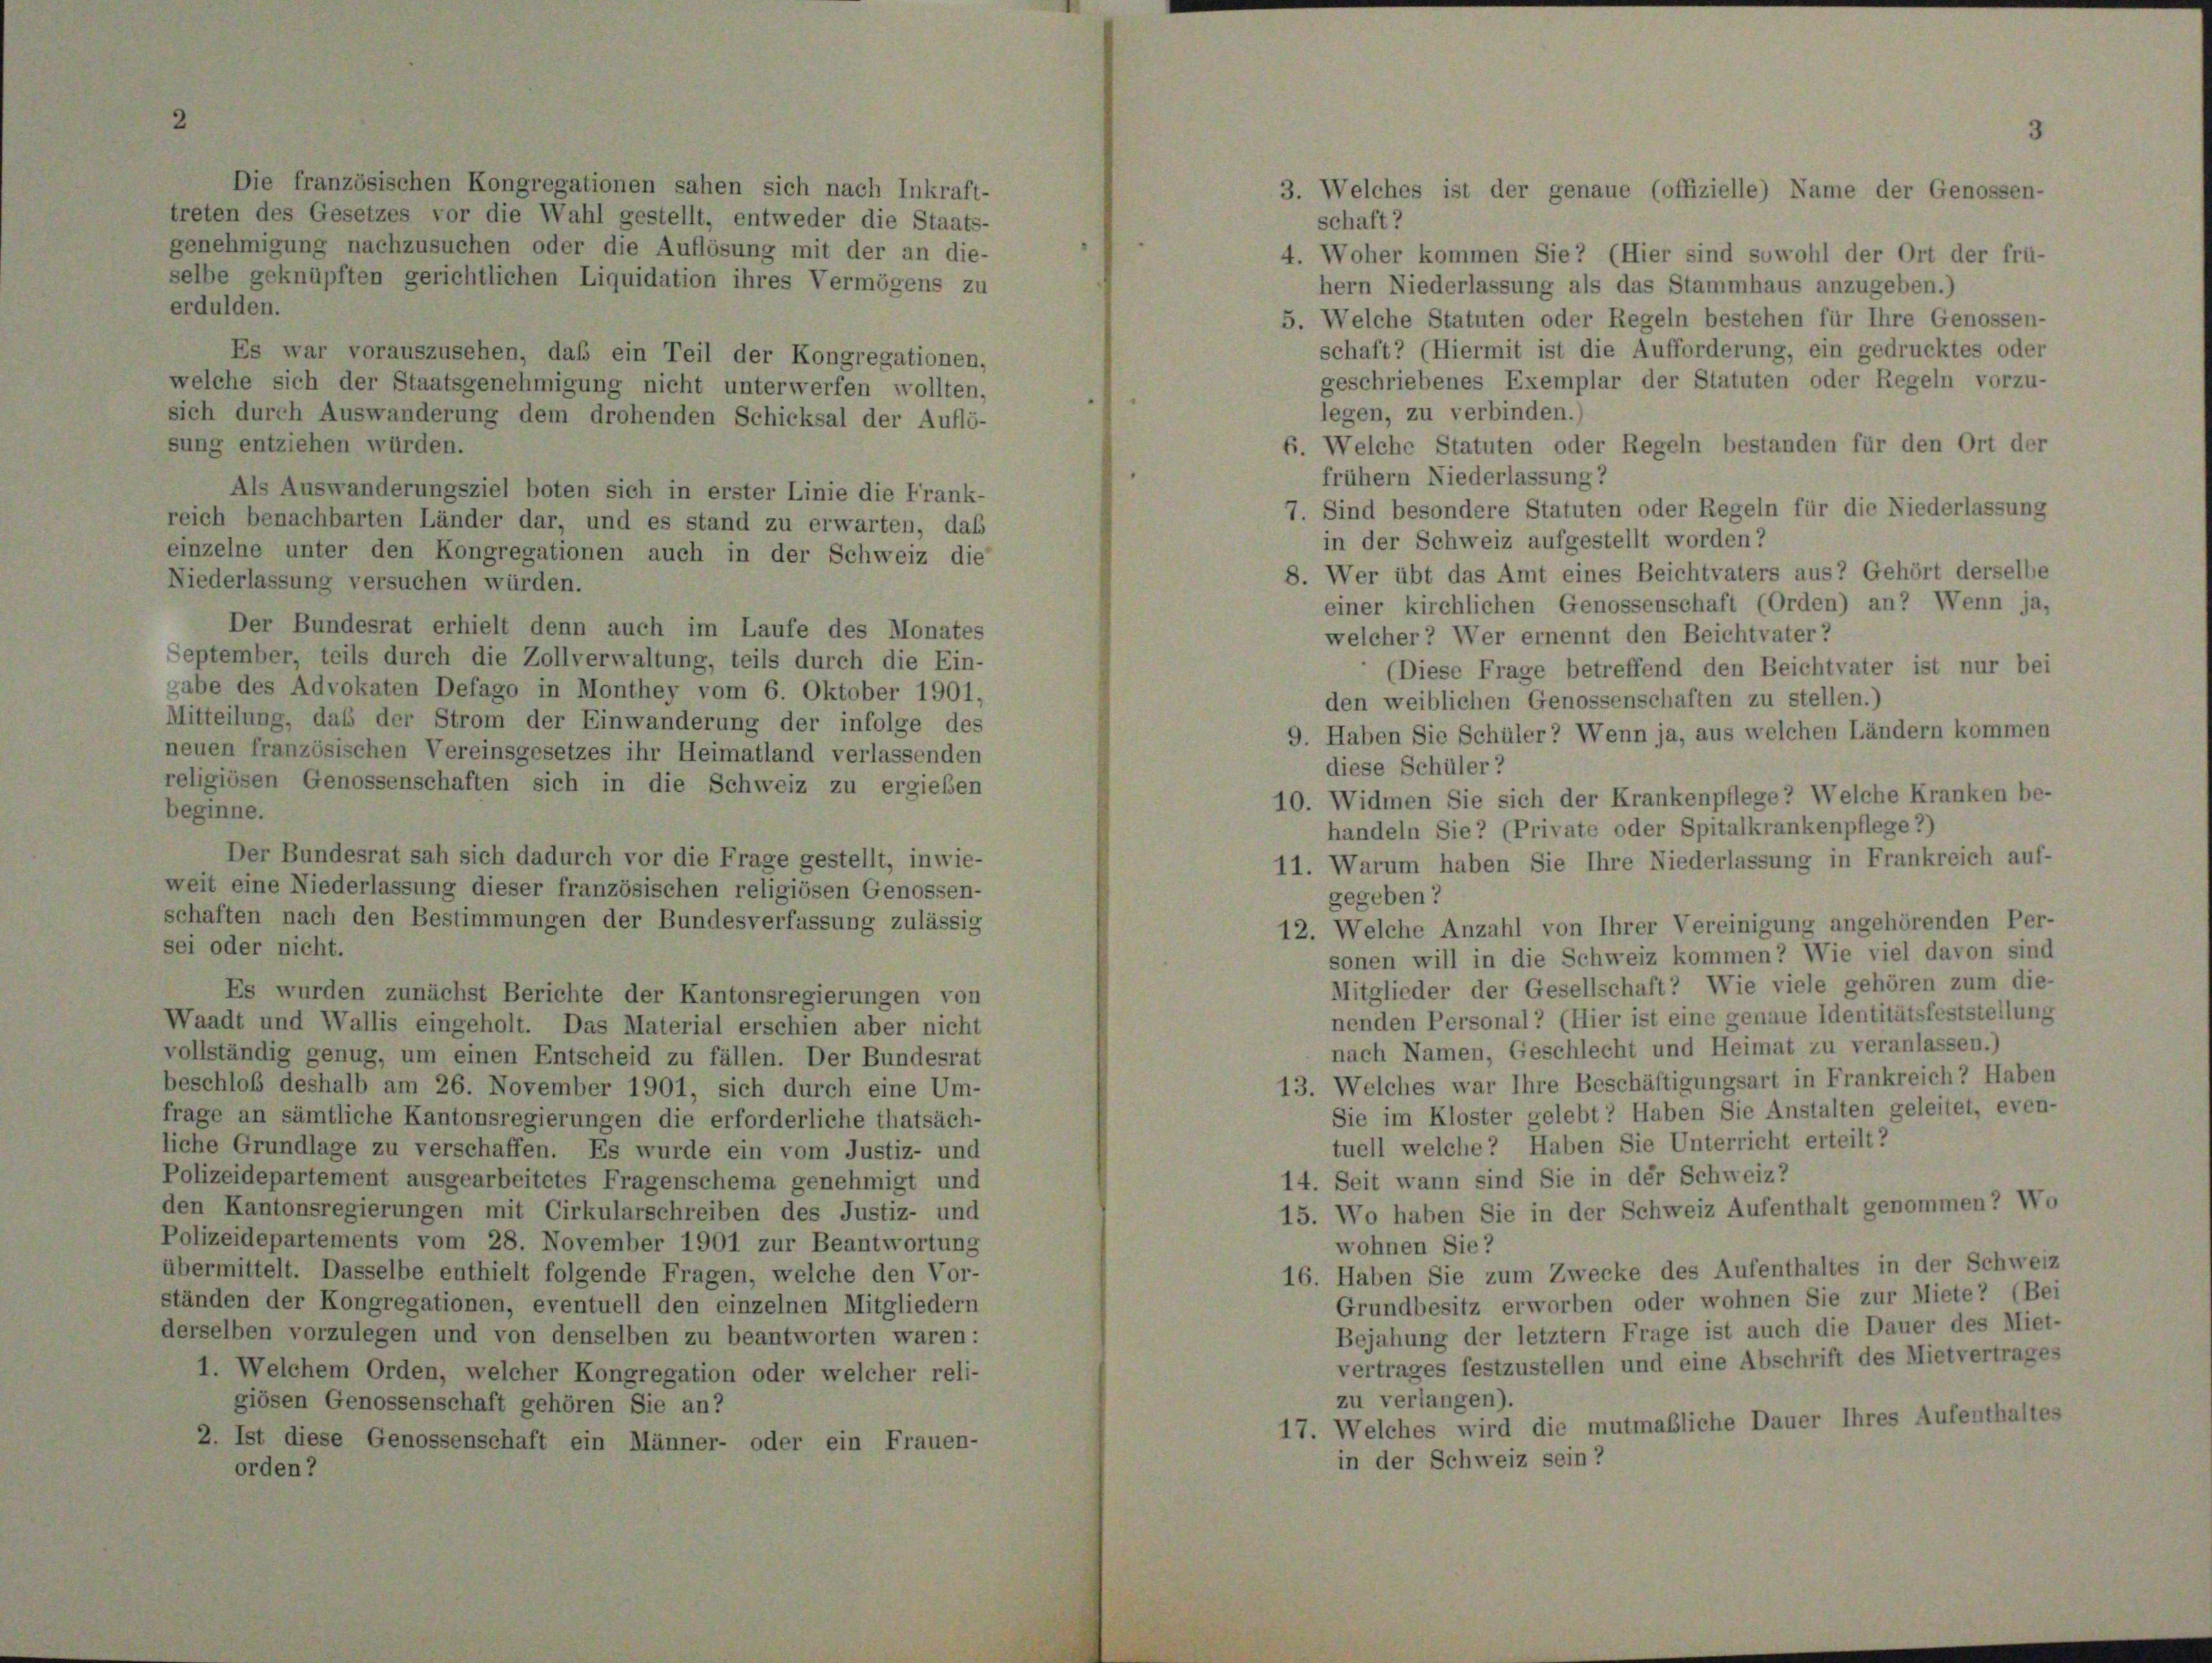
treten des Gesetzes vor die Wahl gestellt, entweder die Staats-
schaft?
genehmigung nachzusuchen oder die Auflösung mit der an die-
4. Woher kommen Sie? (Hier sind sowohl der Ort der frü-
selbe geknüpften gerichtlichen Liquidation ihres Vermögens zu
hern Niederlassung als das Stammhaus anzugeben.)
erdulden.
5. Welche Statuten oder Regeln bestehen für Ihre Genossen-
schaft? (Hiermit ist die Aufforderung, ein gedrucktes oder
Es war vorauszusehen, daß ein Teil der Kongregationen,
geschriebenes Exemplar der Statuten oder Regeln vorz
welche sich der Staatsgenehmigung nicht unterwerfen wollten,
legen, zu verbinden.)
sich durch Auswanderung dem drohenden Schicksal der Auflö-
sung entziehen würden.
6. Welche Statuten oder Regeln bestanden für den Ort de
frühem Niederlassung?
Als Auswanderungsziel boten sich in erster Linie die Frank-
7. Sind besondere Statuten oder Regeln für die Niederlassun
reich benachbarten Länder dar, und es stand zu erwarten, daß
einzelne unter den Kongregationen auch in der Schweiz die
8. Wer übt das Amt eines Beichtvaters aus? Gehört dersell
Niederlassung versuchen würden.
einer kirchlichen Genossenschaft (Orden) an? Wenn j
Der Bundesrat erhielt denn auch im Laufe des Monates
September, teils durch die Zollverwaltung, teils durch die Ein-
(Diese Frage betreffend den Beichtvater ist nur b
gabe des Advokaten Defago in Monthey vom 6. Oktober 1901,
den weiblichen Genossenschaften zu stellen.)
Mitteilung, daß der Strom der Einwanderung der infolge des
9. Haben Sie Schüler? Wenn ja, aus welchen Ländern komm
neuen französischen Vereinsgesetzes ihr Heimatland verlassenden
diese Schüler?
religiösen Genossenschaften sich in die Schweiz zu ergieben
10. Widmen Sie sich der Krankenpflege? Welche Kranken b
beginne.
handeln Sie ? (Private oder Spitalkrankenpflege 2)
Der Bundesrat sah sich dadurch vor die Frage gestellt, inwie-
11. Warum haben Sie Ihre Niederlassung in Frankreich au
weit eine Niederlassung dieser französischen religiösen Genossen-
gegeben?
schaften nach den Bestimmungen der Bundesverfassung zulässig
12. Welche Anzahl von Ihrer Vereinigung angehörenden P
sei oder nicht.
sonen will in die Schweiz kommen? Wie viel davon sie
Mitglieder der Gesellschaft? Wie viele gehören zum d
Es wurden zunächst Berichte der Kantonsregierungen von
nenden Personal 2 (Hier ist eine genaue Identitätsfeststellu
Waadt und Wallis eingeholt. Das Material erschien aber nicht
nach Namen, Geschlecht und Heimat zu veranlassen.)
vollständig genug, um einen Entscheid zu fällen. Der Bundesrat
13. Welches war Ihre Beschäftigungsart in Frankreich? Hab
beschloß deshalb am 26. November 1901, sich durch eine Um-
Sie im Kloster gelebt? Haben Sie Anstalten geleitet, ev
frage an sämtliche Kantonsregierungen die erforderliche thatsäch-
tuell welche? Haben Sie Unterricht erteilt?
liche Grundlage zu verschaffen. Es wurde ein vom Justiz- und
Polizeidepartement ausgearbeitetes Fragenschema genehmigt und
14. Seit wann sind Sie in der Schweiz?
den Kantonsregierungen mit Cirkularschreiben des Justiz- und
15. Wo haben Sie in der Schweiz Aufenthalt genommen? V
Polizeidepartements vom 28. November 1901 zur Beantwortung
wohnen Sie?
16. Haben Sie zum Zwecke des Aufenthaltes in der Schwy
übermittelt. Dasselbe enthielt folgende Fragen, welche den Vor-
Grundbesitz erworben oder wohnen Sie zur Miete?
ständen der Kongregationen, eventuell den einzelnen Mitgliedern
Bejahung der letztem Frage ist auch die Dauer des Mi
derselben vorzulegen und von denselben zu beantworten waren:
vertrages festzustellen und eine Abschrift des Mietvertrag
1. Welchem Orden, welcher Kongregation oder welcher reli-
zu verlangen).
giösen Genossenschaft gehören Sie an?
17. Welches wird die mutmaßliche Dauer Ihres Aufenthaltes
2. Ist diese Genossenschaft ein Männer- oder ein Frauen-
in der Schweiz sein?

sich nach Inkraft-

3. Welches ist der genaue (offizielle) Name der Genossen-

in der Schweiz aufgestellt worden?
welcher? Wer ernennt den Beichtvater?

3